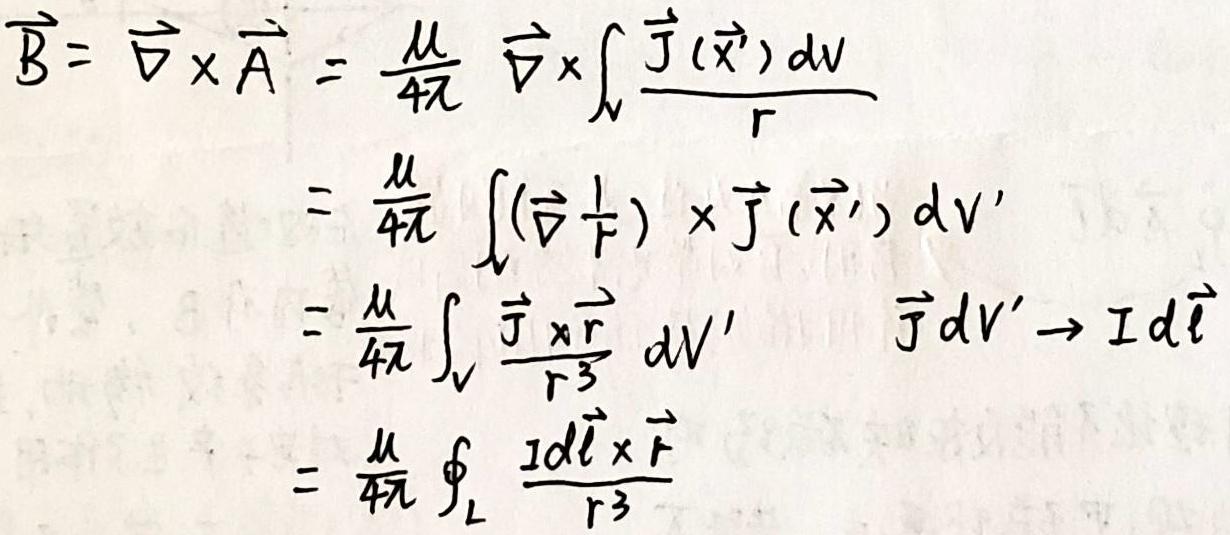
\[
\begin{align*}
\vec{B}&=\vec{\nabla}\times\vec{A}=\frac{\mu}{4\pi}\vec{\nabla}\times\int_{V}\frac{\vec{J}(\vec{x}')dV'}{r}\\
&=\frac{\mu}{4\pi}\int_{V}(\vec{\nabla}\frac{1}{r})\times\vec{J}(\vec{x}')dV'\\
&=\frac{\mu}{4\pi}\int_{V}\frac{\vec{J}\times\vec{r}}{r^{3}}dV'\quad\vec{J}dV'\to Id\vec{l}\\
&=\frac{\mu}{4\pi}\oint_{L}\frac{Id\vec{l}\times\vec{r}}{r^{3}}
\end{align*}
\]